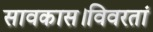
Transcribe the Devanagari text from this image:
सावकास।विवरतां